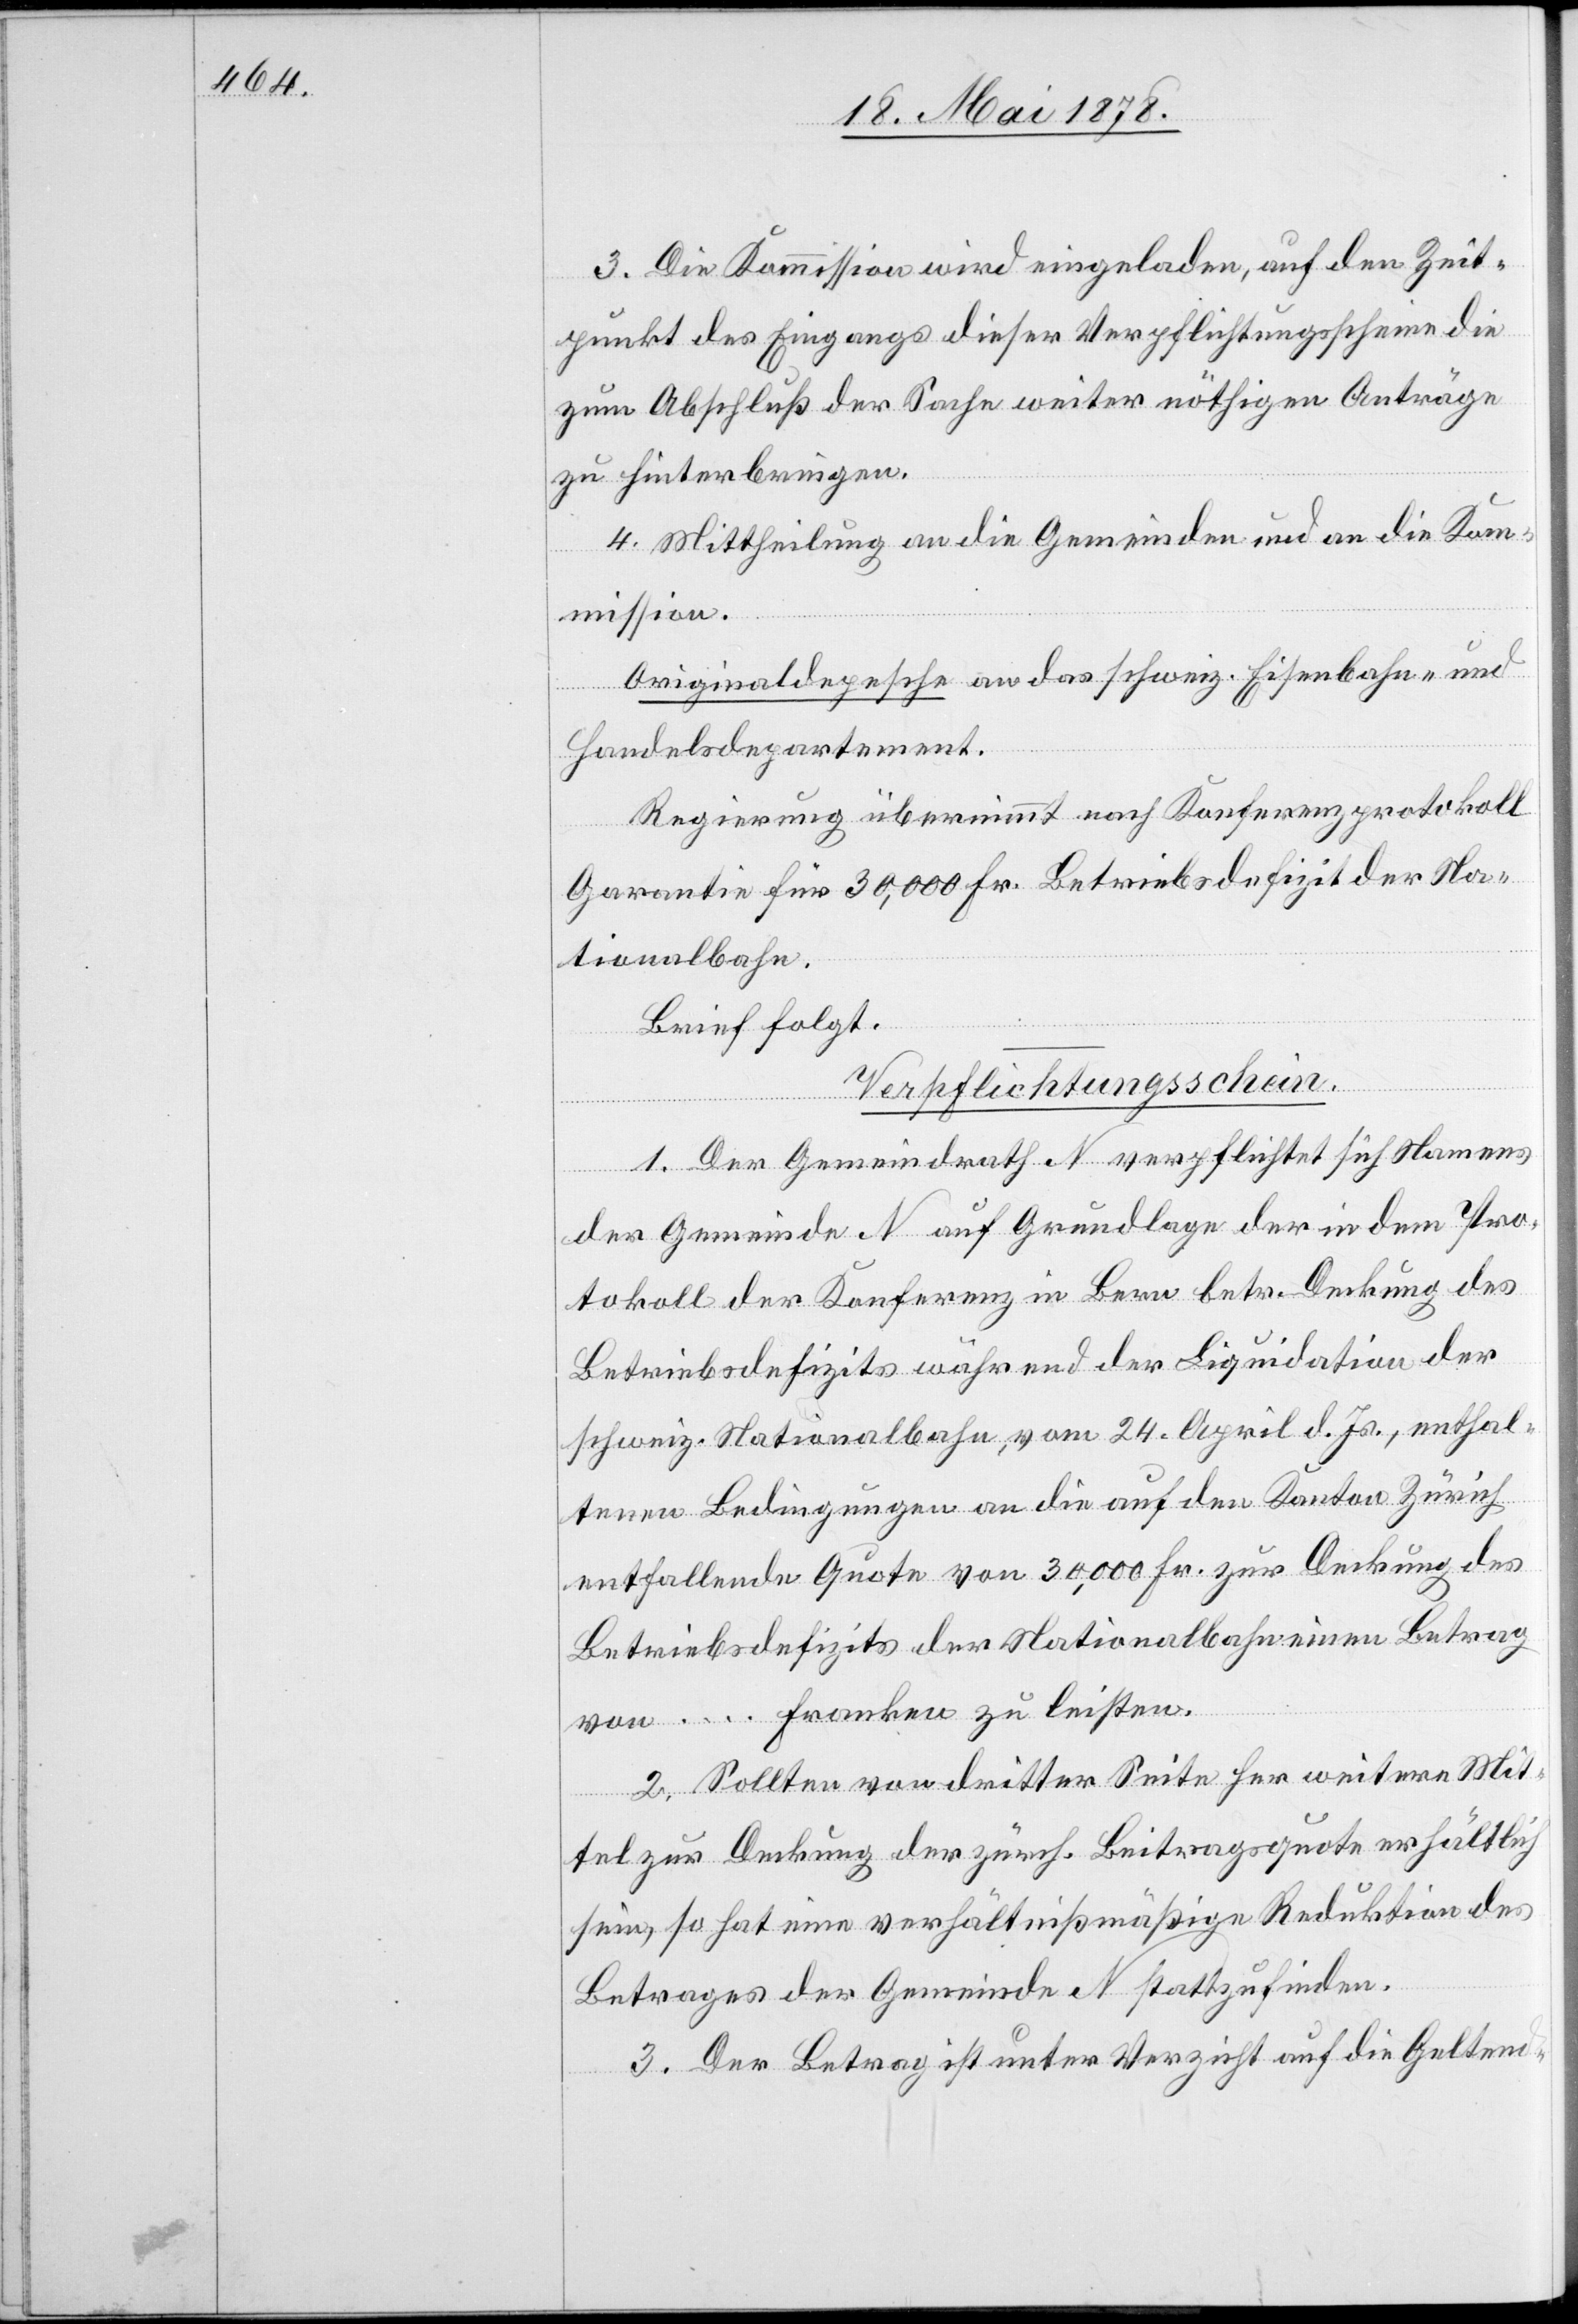
3. Die Kommission wird eingeladen, auf den Zeit¬
punkt des Eingangs dieser Verpflichtungsscheine die
zum Abschluß der Sache weiter nöthigen Anträge
zu hinterbringen.
4. Mittheilung an die Gemeinden und an die Kom¬
mission.
Originaldepesche an das schweiz. Eisenbahn- und
Handelsdepartement.
Regierung übernimmt nach Konferenzprotokoll
Garantie für 30,000 Fr. Betriebsdefizit der Na¬
tionalbahn.
Brief folgt.
Verpflichtungsschein.
1. Der Gemeindrath N verpflichtet sich Namens
der Gemeinde N auf Grundlage der in dem Pro¬
tokoll der Konferenz in Bern betr. Deckung des
Betriebsdefizits während der Liquidation der
schweiz. Nationalbahn vom 24. April d. Js., enthal¬
tenen Bedingungen an die auf den Kanton Zürich
entfallende Quote von 30,000 Fr. zur Deckung des
Betriebsdefizits der Nationalbahn einen Betrag
von … Franken zu leisten.
2. Sollten von dritter Seite her weitere Mit¬
tel zur Deckung der zürch. Beitragsquote erhältlich
sein, so hat eine verhältnißmäßige Reduktion des
Betrages der Gemeinde N stattzufinden.
3. Der Betrag ist unter Verzicht auf die Geltend-